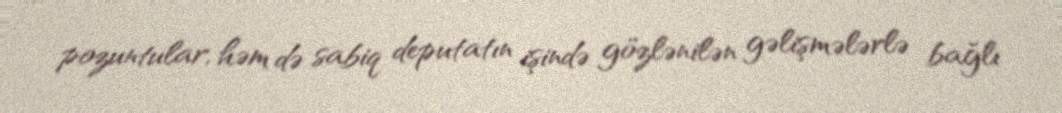
pozuntular, həm də sabiq deputatın işində gözlənilən gəlişmələrlə bağlı